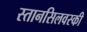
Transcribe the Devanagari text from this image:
स्तानसिलवस्की